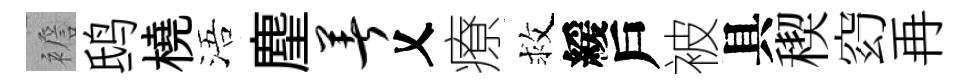
襜鸱橈浯麈著乂療救緩戶被具稧𥥆再